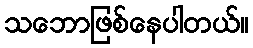
သဘောဖြစ်နေပါတယ်။